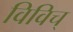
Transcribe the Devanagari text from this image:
विविच्